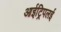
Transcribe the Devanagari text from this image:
आईट्रिपलई